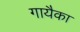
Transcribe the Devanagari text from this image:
गायैका